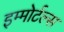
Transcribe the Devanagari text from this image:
इम्मोर्टल्स